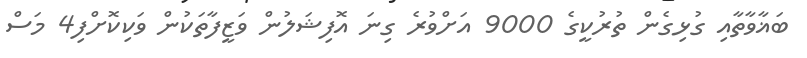
ބަޣާވާތާއި ގުޅިގެން ތުރުކީގެ 9000 އަށްވުރެ ގިނަ އޮފިޝަލުން ވަޒީފާތަކުން ވަކިކޮށްފި4 މަސް